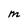
Character: M